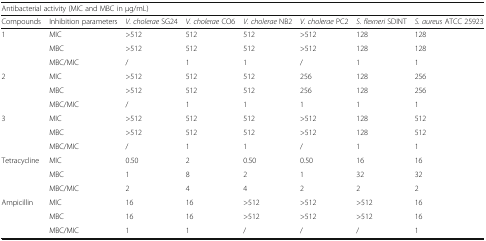
<table><thead><tr><td colspan="8"><b>Antibacterial activity (MIC and MBC in μg/mL)</b></td></tr><tr><td><b>Compounds</b></td><td><b>Inhibition parameters</b></td><td><b><i>V. cholerae</i> SG24</b></td><td><b><i>V. cholerae</i> CO6</b></td><td><b><i>V. cholerae</i> NB2</b></td><td><b><i>V. cholerae</i> PC2</b></td><td><b><i>S. flexneri</i> SDINT</b></td><td><b><i>S. aureus</i> ATCC 25923</b></td></tr></thead><tbody><tr><td rowspan="3">1</td><td>MIC</td><td>&gt;512</td><td>512</td><td>512</td><td>&gt;512</td><td>128</td><td>128</td></tr><tr><td>MBC</td><td>&gt;512</td><td>512</td><td>512</td><td>&gt;512</td><td>128</td><td>128</td></tr><tr><td>MBC/MIC</td><td>/</td><td>1</td><td>1</td><td>/</td><td>1</td><td>1</td></tr><tr><td rowspan="3">2</td><td>MIC</td><td>&gt;512</td><td>512</td><td>512</td><td>256</td><td>128</td><td>256</td></tr><tr><td>MBC</td><td>&gt;512</td><td>512</td><td>512</td><td>256</td><td>128</td><td>256</td></tr><tr><td>MBC/MIC</td><td>/</td><td>1</td><td>1</td><td>1</td><td>1</td><td>1</td></tr><tr><td rowspan="3">3</td><td>MIC</td><td>&gt;512</td><td>512</td><td>512</td><td>&gt;512</td><td>128</td><td>512</td></tr><tr><td>MBC</td><td>&gt;512</td><td>512</td><td>512</td><td>&gt;512</td><td>128</td><td>512</td></tr><tr><td>MBC/MIC</td><td>/</td><td>1</td><td>1</td><td>/</td><td>1</td><td>1</td></tr><tr><td rowspan="3">Tetracycline</td><td>MIC</td><td>0.50</td><td>2</td><td>0.50</td><td>0.50</td><td>16</td><td>16</td></tr><tr><td>MBC</td><td>1</td><td>8</td><td>2</td><td>1</td><td>32</td><td>32</td></tr><tr><td>MBC/MIC</td><td>2</td><td>4</td><td>4</td><td>2</td><td>2</td><td>2</td></tr><tr><td rowspan="3">Ampicillin</td><td>MIC</td><td>16</td><td>16</td><td>&gt;512</td><td>&gt;512</td><td>&gt;512</td><td>16</td></tr><tr><td>MBC</td><td>16</td><td>16</td><td>&gt;512</td><td>&gt;512</td><td>&gt;512</td><td>16</td></tr><tr><td>MBC/MIC</td><td>1</td><td>1</td><td>/</td><td>/</td><td>/</td><td>1</td></tr></tbody></table>